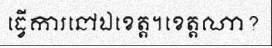
ធ្វើការនៅឯខេត្ត។ខេត្តណា?